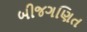
બીજગણિત